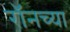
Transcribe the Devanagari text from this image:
रॉनच्या